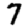
Digit: 7